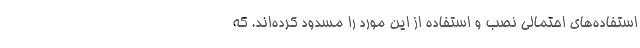
استفاده‌های احتمالی نصب و استفاده از این مورد را مسدود کرده‌اند. که